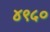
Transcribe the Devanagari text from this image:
४९५०